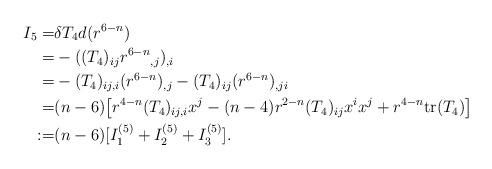
LaTeX: \begin{align*} I_5=&\delta T_4d(r^{6-n})\\ =& -((T_4)_{ij}{r^{6-n}}_{,j})_{,i} \\ =& -(T_4)_{ij,i}(r^{6-n})_{,j}-(T_4)_{ij}(r^{6-n})_{,ji}\\ =& (n-6)\big[r^{4-n}(T_4)_{ij,i}x^j-(n-4)r^{2-n}(T_4)_{ij}x^ix^j+r^{4-n}{\rm tr}(T_4)\big]\\ :=& (n-6)[I_1^{(5)}+I_2^{(5)}+I_3^{(5)}].\end{align*}